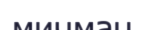
мичман